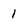
Character: 1